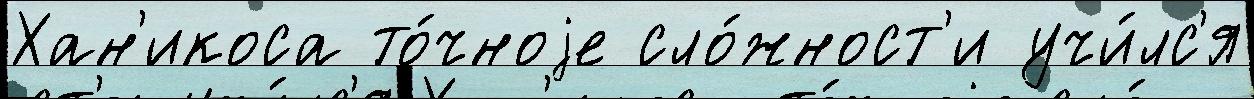
Хан'икоса то́чноjе сло́жност'и учи́лс'я